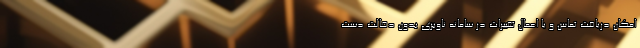
امکان دریافت تماس و یا اعمال تغییرات در سامانه ناوبری بدون دخالت دست